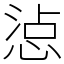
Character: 惉